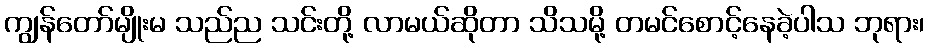
ကျွန်တော်မျိုးမ သည်ည သင်းတို့ လာမယ်ဆိုတာ သိသမို့ တမင်စောင့်နေခဲ့ပါသ ဘုရား၊